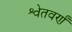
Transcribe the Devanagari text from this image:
श्वेतवर्णं